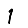
Digit: 1